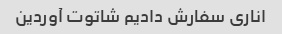
اناری سفارش دادیم شاتوت آوردین